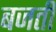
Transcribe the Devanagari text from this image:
बजतीं